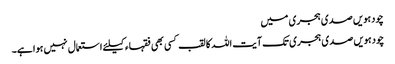
چودہویں صدی ہجری میں
چودہویں صدی ہجری تک آیت اللہ کا لقب کسی بھی فقہاء کیلئے استعمال نہیں ہوا ہے۔